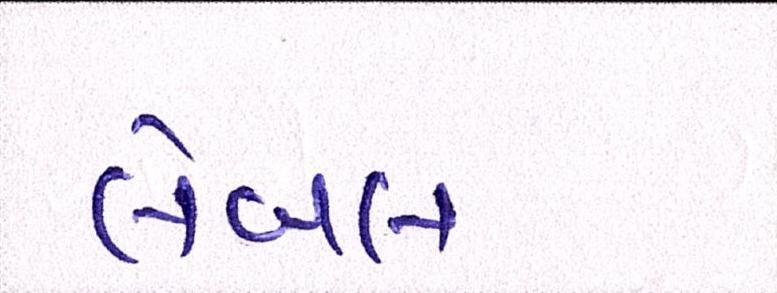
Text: લેબલ